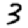
Digit: 3